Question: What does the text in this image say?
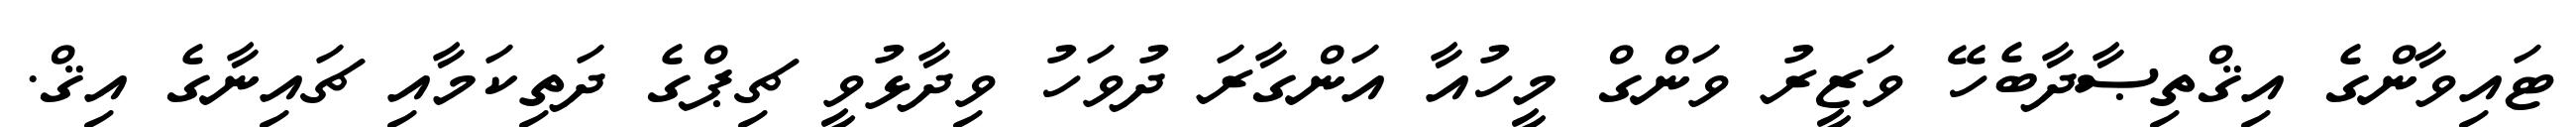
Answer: ޓައިވާންގެ އިޤްތިޞާދާބެހޭ ވަޒީރު ވަންގް މީހުއާ އަންގާރަ ދުވަހު ވިދާޅުވީ ޗިޕްގެ ދަތިކަމާއި ޗައިނާގެ އިޤް.